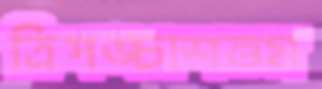
ত্রিপঙ্চাশত্তম